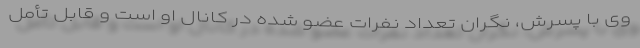
وی با پسرش، نگران تعداد نفرات عضو شده در کانال او است و قابل تأمل